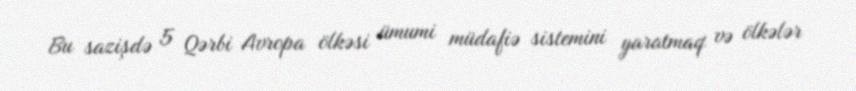
Bu sazişdə 5 Qərbi Avropa ölkəsi ümumi müdafiə sistemini yaratmaq və ölkələr